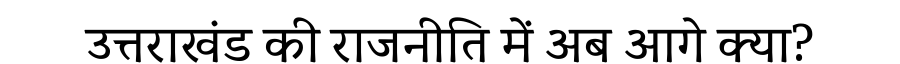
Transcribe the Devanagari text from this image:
उत्तराखंड की राजनीति में अब आगे क्या?